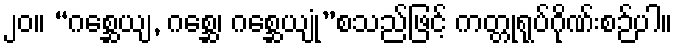
၂၀။ “ဂစ္ဆေယျ, ဂစ္ဆေ၊ ဂစ္ဆေယျုံ”စသည်ဖြင့် ကတ္တုရုပ်ဂိုဏ်းစဉ်ပါ။